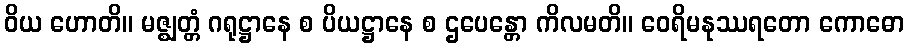
ဝိယ ဟောတိ။ မဇ္ဈတ္တံ ဂရုဋ္ဌာနေ စ ပိယဋ္ဌာနေ စ ဌပေန္တော ကိလမတိ။ ဝေရိမနုဿရတော ကောဓော